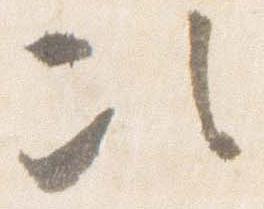
次